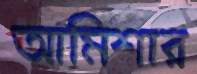
আমিশার